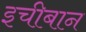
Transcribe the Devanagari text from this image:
इचीबान